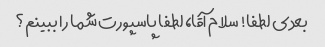
بعدی لطفا! سلام آقا، لطفا پاسپورت شما را ببینم؟